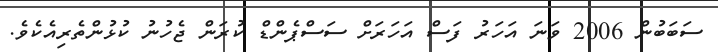
ސަބަބުން 2006 ވަނަ އަހަރު ފަސް އަހަރަށް ސަސްޕެންޑް ކުރަން ޖެހުނު ކުޅުންތެރިއެކެވެ.